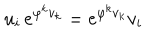
u _ { i } \, e ^ { \varphi ^ { k } v _ { k } } = e ^ { \varphi ^ { k } v _ { k } } v _ { i }